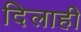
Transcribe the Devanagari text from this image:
दिलाही